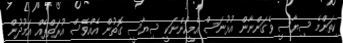
ކިތަންމެ ސިޔާސީ ވެގަންނާން އުޅުނަސް އެމީހުންނަކީ ސިޔާސީ ގޮތުން އެއްވެސް އުރަތްޕެއް އަމުދުން